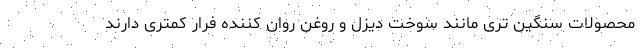
محصولات سنگین تری مانند سوخت دیزل و روغن روان کننده فرار کمتری دارند